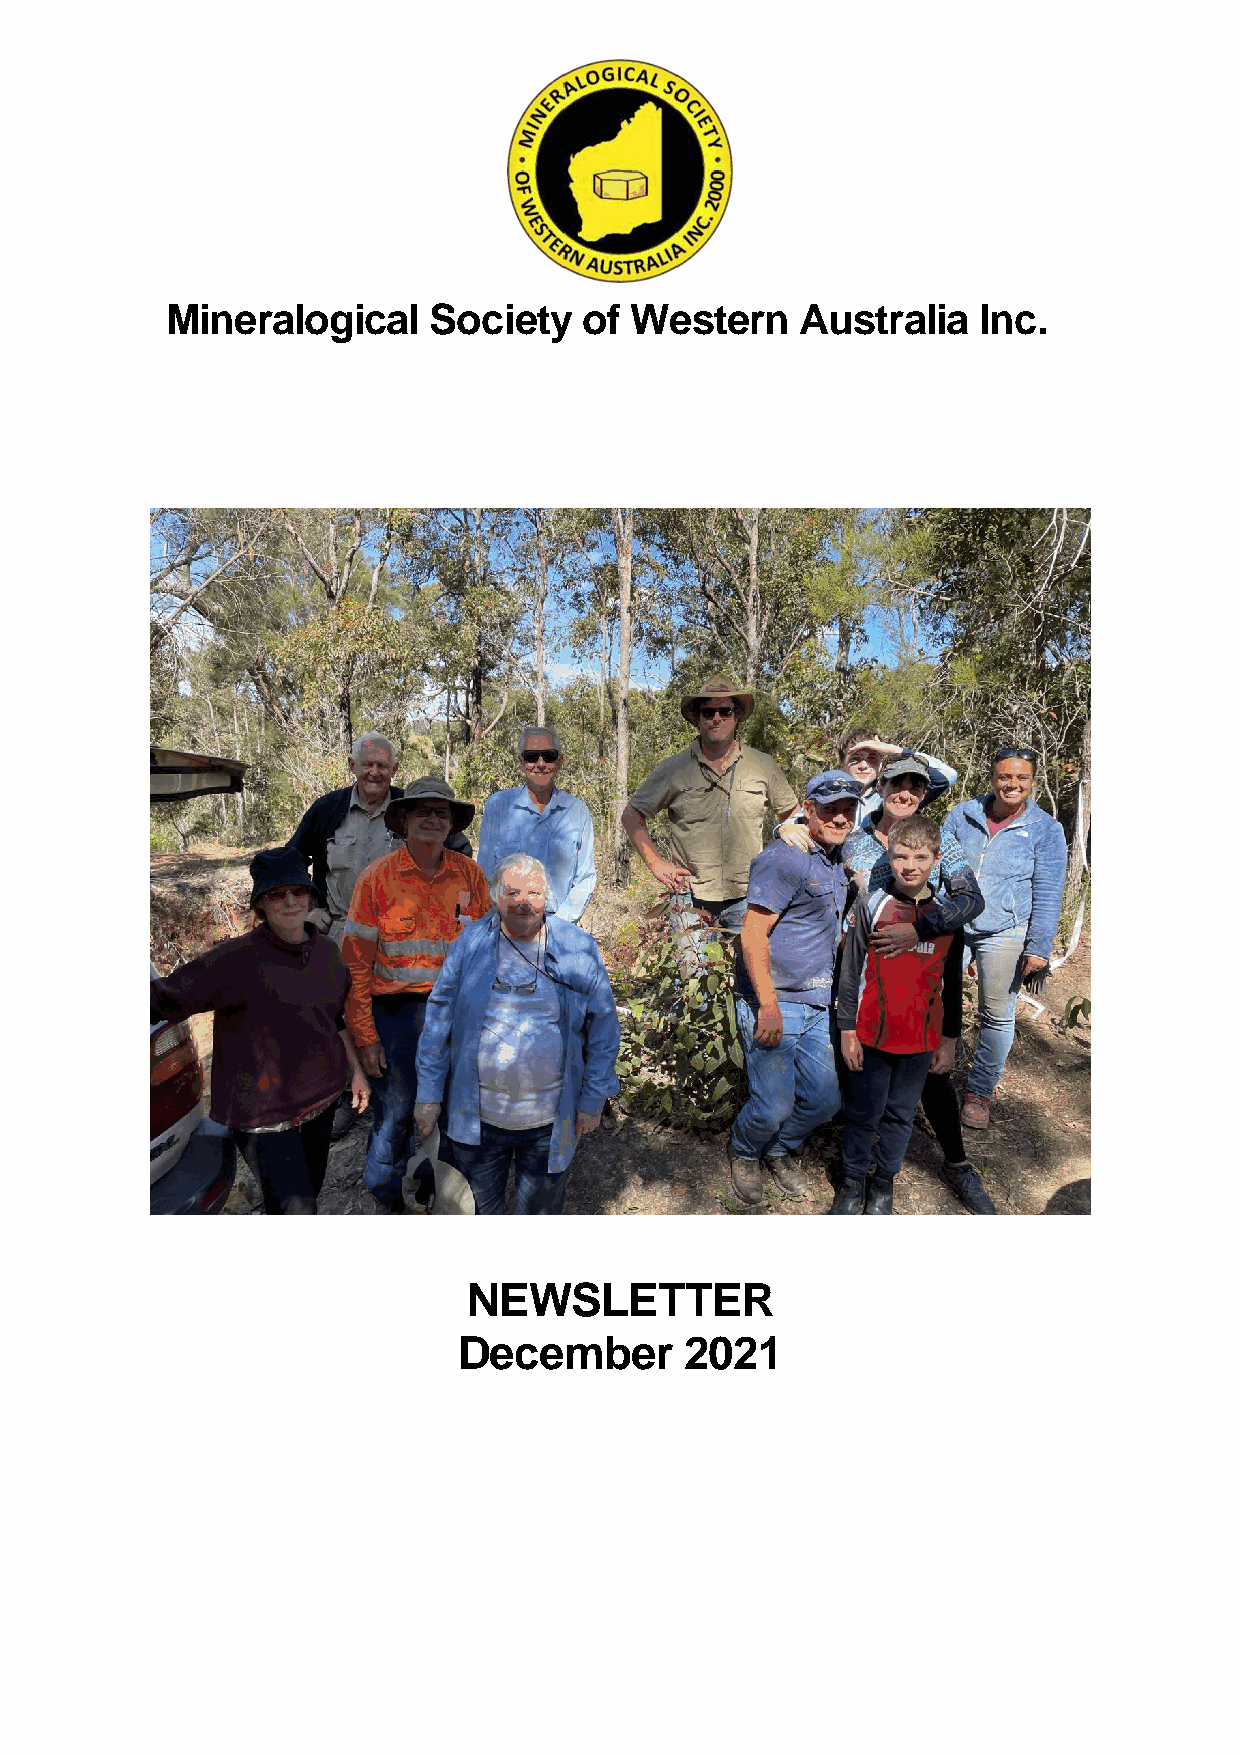
Mineralogical    Society    of Western    Australia   Inc.
 NEWSLETTER
 December       2021